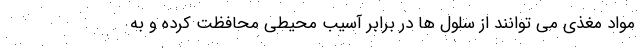
مواد مغذی می توانند از سلول ها در برابر آسیب محیطی محافظت کرده و به